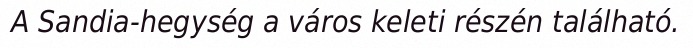
A Sandia-hegység a város keleti részén található.